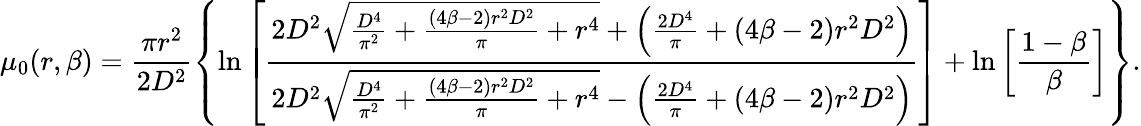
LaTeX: \mu_{0}(r,\beta)=\frac{\pi r^{2}}{2D^{2}}\left\{ \ln\left[\frac{2D^{2}\sqrt{\frac{D^{4}}{\pi^{2}}+\frac{\left(4\beta-2\right)r^{2}D^{2}}{\pi}+r^{4}}+\left(\frac{2D^{4}}{\pi}+\left(4\beta-2\right)r^{2}D^{2}\right)}{2D^{2}\sqrt{\frac{D^{4}}{\pi^{2}}+\frac{\left(4\beta-2\right)r^{2}D^{2}}{\pi}+r^{4}}-\left(\frac{2D^{4}}{\pi}+\left(4\beta-2\right)r^{2}D^{2}\right)}\right]+\ln\left[\frac{1-\beta}{\beta}\right]\right\} .